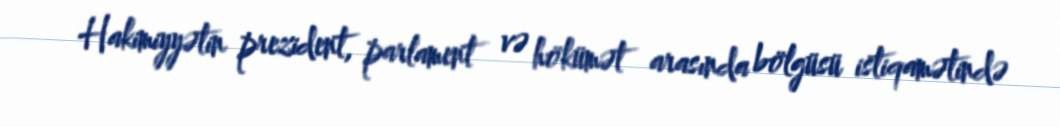
Hakimiyyətin prezident, parlament və hökümət arasında bölgüsü istiqamətində